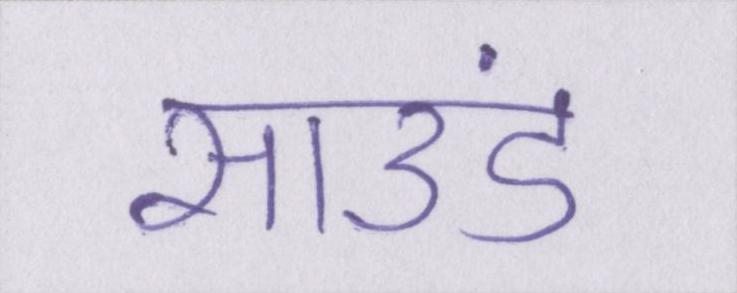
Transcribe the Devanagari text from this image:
साउंड